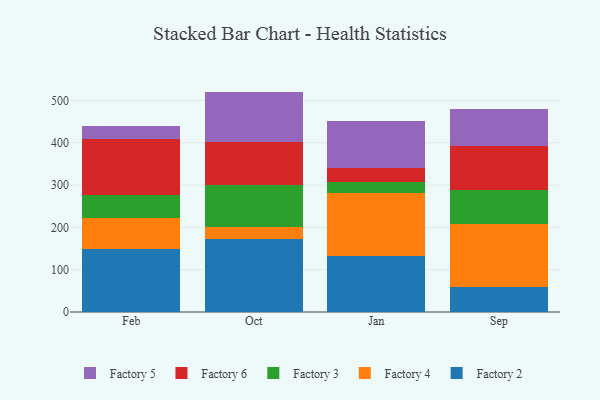
{"axis": {"x": "Month", "y": "Inventory Turnover"}, "legend": ["Factory 2", "Factory 3", "Factory 4", "Factory 5", "Factory 6"], "data": [{"x": "Feb", "y": 148.7, "type": "Factory 2"}, {"x": "Feb", "y": 72.7, "type": "Factory 4"}, {"x": "Feb", "y": 55.4, "type": "Factory 3"}, {"x": "Feb", "y": 132.1, "type": "Factory 6"}, {"x": "Feb", "y": 30.6, "type": "Factory 5"}, {"x": "Oct", "y": 173.8, "type": "Factory 2"}, {"x": "Oct", "y": 27.7, "type": "Factory 4"}, {"x": "Oct", "y": 99.0, "type": "Factory 3"}, {"x": "Oct", "y": 100.6, "type": "Factory 6"}, {"x": "Oct", "y": 120.1, "type": "Factory 5"}, {"x": "Jan", "y": 132.2, "type": "Factory 2"}, {"x": "Jan", "y": 150.1, "type": "Factory 4"}, {"x": "Jan", "y": 25.7, "type": "Factory 3"}, {"x": "Jan", "y": 33.6, "type": "Factory 6"}, {"x": "Jan", "y": 109.0, "type": "Factory 5"}, {"x": "Sep", "y": 60.3, "type": "Factory 2"}, {"x": "Sep", "y": 147.8, "type": "Factory 4"}, {"x": "Sep", "y": 79.7, "type": "Factory 3"}, {"x": "Sep", "y": 104.4, "type": "Factory 6"}, {"x": "Sep", "y": 87.3, "type": "Factory 5"}]}